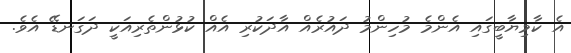
އެ ކާމިޔާބީގައި އެންމެ މުހިންމު ދައުރެއް އާދަކުރި އެއް ކުޅުންތެރިއަކީ ދަގަނޑޭ އެވެ.